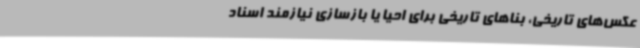
عکس‌های تاریخی، بناهای تاریخی برای احیا یا بازسازی نیازمند اسناد